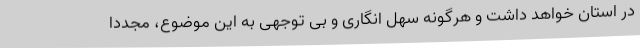
در استان خواهد داشت و هرگونه سهل انگاری و بی توجهی به این موضوع، مجددا